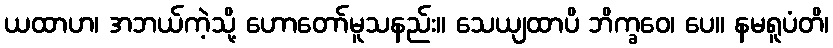
ယထာဟ၊ အဘယ်ကဲ့သို့ ဟောတော်မူသနည်း။ သေယျထာပိ ဘိက္ခဝေ၊ ပေ။ နမရူပံတိ၊